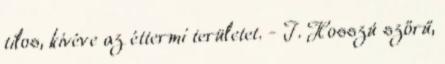
tilos, kivéve az éttermi területet. - I. Hosszú szőrű,